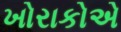
ખોરાકોએ